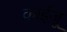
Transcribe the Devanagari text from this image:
काईजू